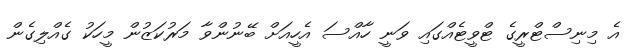
އެ މިނިސްޓްރީގެ ޓްވީޓެއްގައި ވަނީ ހާއްސަ އެހީއަށް ބޭނުންވާ މަރުކަޒުން މީހަކު ގެއްލިގެން